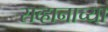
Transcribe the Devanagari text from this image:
सव्हानाच्या